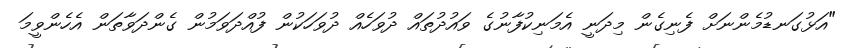
"އަޅުގަނޑުމެންނަށް ފެނިގެން މިދަނީ އެމަނިކުފާނުގެ ވައުދުތައް ދުވަހެއް ދުވަހަކުން ފުއްދަވަމުން ގެންދަވާތަން އެހެންވީމަ